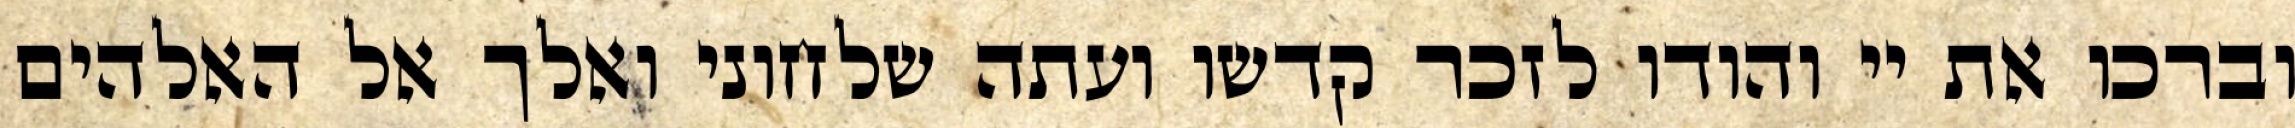
וברכו את יי והודו לזכר קדשו ועתה שלחוני ואלך אל האלהים